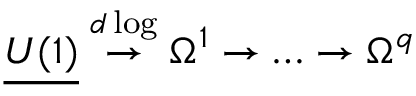
{ \underline { { { U ( 1 ) } } } } \stackrel { d \log } { \to } \Omega ^ { 1 } \to \dots \to \Omega ^ { q }